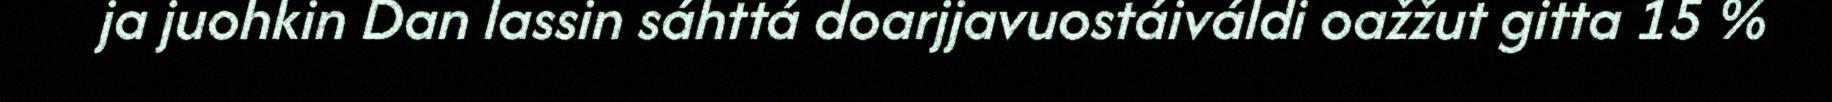
ja juohkin Dan lassin sáhttá doarjjavuostáiváldi oažžut gitta 15 %